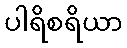
ပါရိစရိယာ